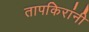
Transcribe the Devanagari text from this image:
तापकिरांनी